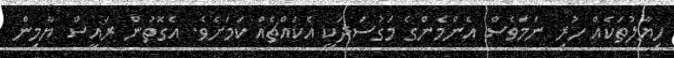
ހިޔާލުތަކެއް ހުރި ނަމަވެސް އެންމެންގެ މަގުސަދަކީ އެކައްޗެއް ކަމަށެވެ. އެގޮތުން ރައީސް ޔާމިން